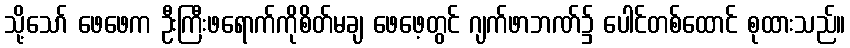
သို့သော် ဖေဖေက ဦးကြီးဖရောက်ကိုစိတ်မချ ဖေဖေ့တွင် ဂျက်ဖာဘဏ်၌ ပေါင်တစ်ထောင် စုထားသည်။